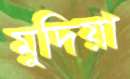
মুদিয়া